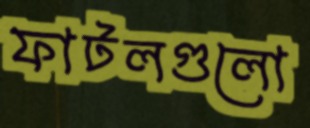
ফাটলগুলো